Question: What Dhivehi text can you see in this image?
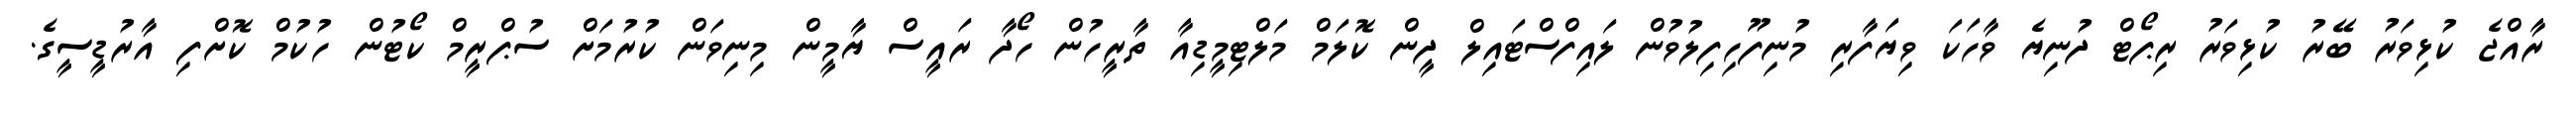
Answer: ރާއްޖެ ކުޅިވަރު ބޭރު ކުޅިވަރު ރިޕޯޓް ދުނިޔެ ވާހަކަ ވިޔަފާރި މުނިފޫހިފިލުވުން ލައިފްސްޓައިލް ދީން ކޮލަމް މަލްޓިމީޑިއާ ތާރީހުން ހޯދާ ރައީސް ޔާމީން މިނިވަން ކުރުމަށް ސުޕްރީމް ކޯޓުން ހުކުމް ކޮށްފި އާރުޑީސީގެ.